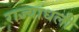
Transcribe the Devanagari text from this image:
राज्यांधली